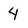
Character: 4